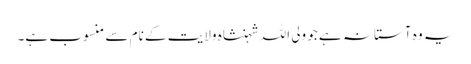
یہ وہ آستانہ ہے جو ولی اللہ شہنشاہ ولایت کے نام سے منسوب ہے۔